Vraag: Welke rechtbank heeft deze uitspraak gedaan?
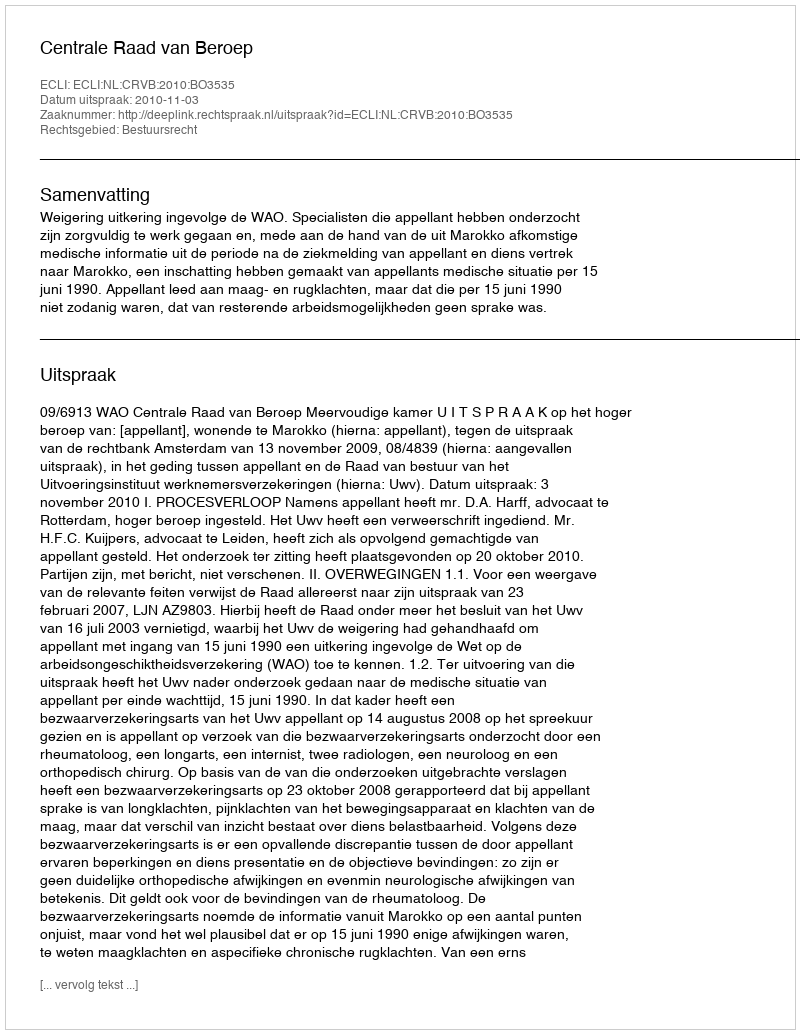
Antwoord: Centrale Raad van Beroep